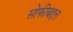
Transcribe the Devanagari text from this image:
सोफीबद्दल